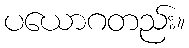
ပယောဂတည်း။